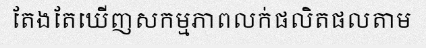
តែងតែឃើញសកម្មភាពលក់ផលិតផលតាម